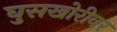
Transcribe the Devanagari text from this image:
घुसखोरीवर